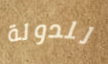
للدولة